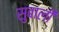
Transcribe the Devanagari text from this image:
सुबाली